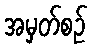
အမှတ်စဉ်